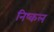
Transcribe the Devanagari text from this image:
निष्कल